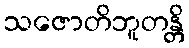
သဇောတိဘူတန္တိ